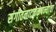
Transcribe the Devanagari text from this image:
संगीतनाटककंपन्यांचा